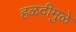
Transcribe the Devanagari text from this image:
हळदीमुळे